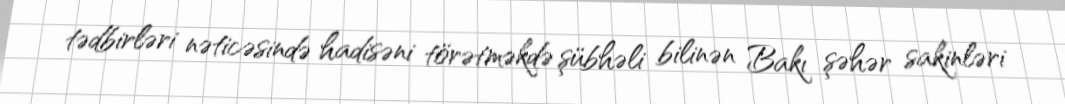
tədbirləri nəticəsində hadisəni törətməkdə şübhəli bilinən Bakı şəhər sakinləri